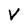
Character: v